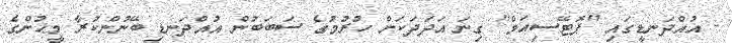
- އުއްދަނޑީގައި "ޕޮޓޭސިއަމް" ގިނަ އަދަދަކަށް ހުރުމުގެ ސަބަބުން އުއްދަނޑި ބޭނުންކުރާ މީޙުންގެ